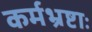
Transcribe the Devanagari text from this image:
कर्मभ्रष्टाः